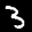
Label: 3